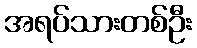
အရပ်သားတစ်ဦး